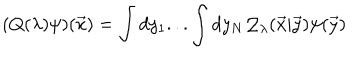
( Q ( \lambda ) \psi ) ( { \vec { x } } ) = \int d y _ { 1 } . . . \int d y _ { N } { \cal Q } _ { \lambda } ( { \vec { x } } | { \vec { y } } ) \psi ( { \vec { y } } )